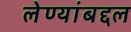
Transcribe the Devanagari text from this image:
लेण्यांबद्दल